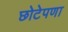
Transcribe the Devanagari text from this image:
छोटेपणा